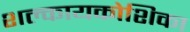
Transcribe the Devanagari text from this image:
शल्कायकोशिका